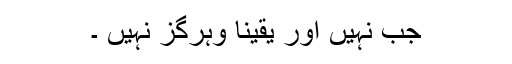
جب نہیں اور یقینا وہرگز نہیں ۔